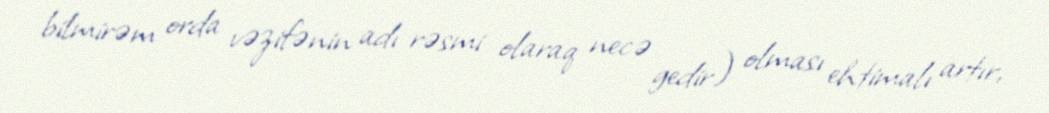
bilmirəm orda vəzifənin adı rəsmi olaraq necə gedir) olması ehtimalı artır,